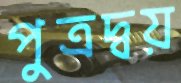
পুত্রদ্বয়